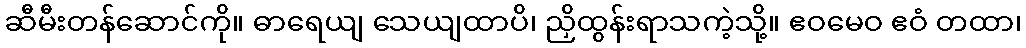
ဆီမီးတန်ဆောင်ကို။ ဓာရေယျ သေယျထာပိ၊ ညှိထွန်းရာသကဲ့သို့။ ဧဝမေဝ ဧဝံ တထာ၊